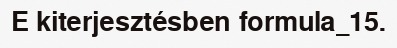
E kiterjesztésben formula_15.